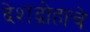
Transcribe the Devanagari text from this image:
देशद्रोहाचे